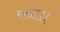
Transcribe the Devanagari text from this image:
रखा॥